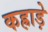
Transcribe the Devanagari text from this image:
कह्राड़े